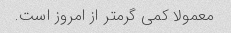
معمولا کمی گرمتر از امروز است.